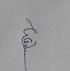
Signature authenticity: genuine